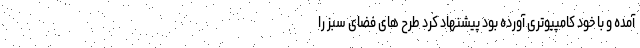
آمده و با خود کامپیوتری آورده بود پیشنهاد کرد طرح های فضای سبز را